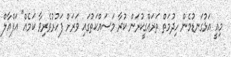
މިއީ އަޅުގަނޑުމެން ހިދުމަތް ތަރައްގީކުރަން ކުރާ މަސައްކަތުގައި ވަރަށް ފަހުރުވެރިވާ ކަމެއް" އަފްއާލް